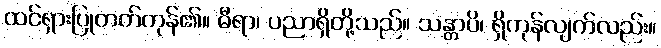
ထင်ရှားပြုတတ်ကုန်၏။ ဓီရာ၊ ပညာရှိတို့သည်။ သန္တာပိ၊ ရှိကုန်လျက်လည်း။